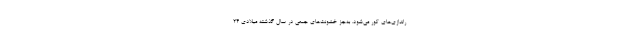
راندازی‌های کور می‌شود. به‌جز خشونت‌های جمعی در سال گذشته میلادی ۲۴